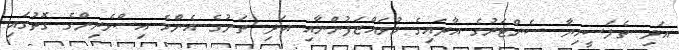
އަދި ތެލަސީމިޔާ ސެންޓަރުގެ އާދައިގެ މުވައްޒަފުންނާއި އަދި ތަނުގެ އެންމެ އިސްވެރިންގެ ގޮތުގައި